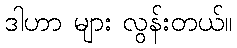
ဒါဟာ များ လွန်းတယ်။